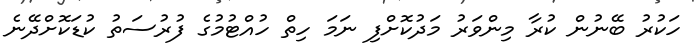
ހަކުރު ބޭނުން ކުރާ މިންވަރު މަދުކޮށްފި ނަމަ ހިތް ހުއްޓުމުގެ ފުރުސަތު ކުޑަކޮށްދޭނެ